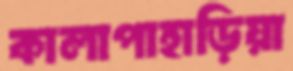
কালাপাহাড়িয়া